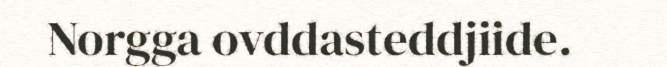
Norgga ovddasteddjiide.